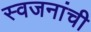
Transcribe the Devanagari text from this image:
स्वजनांची